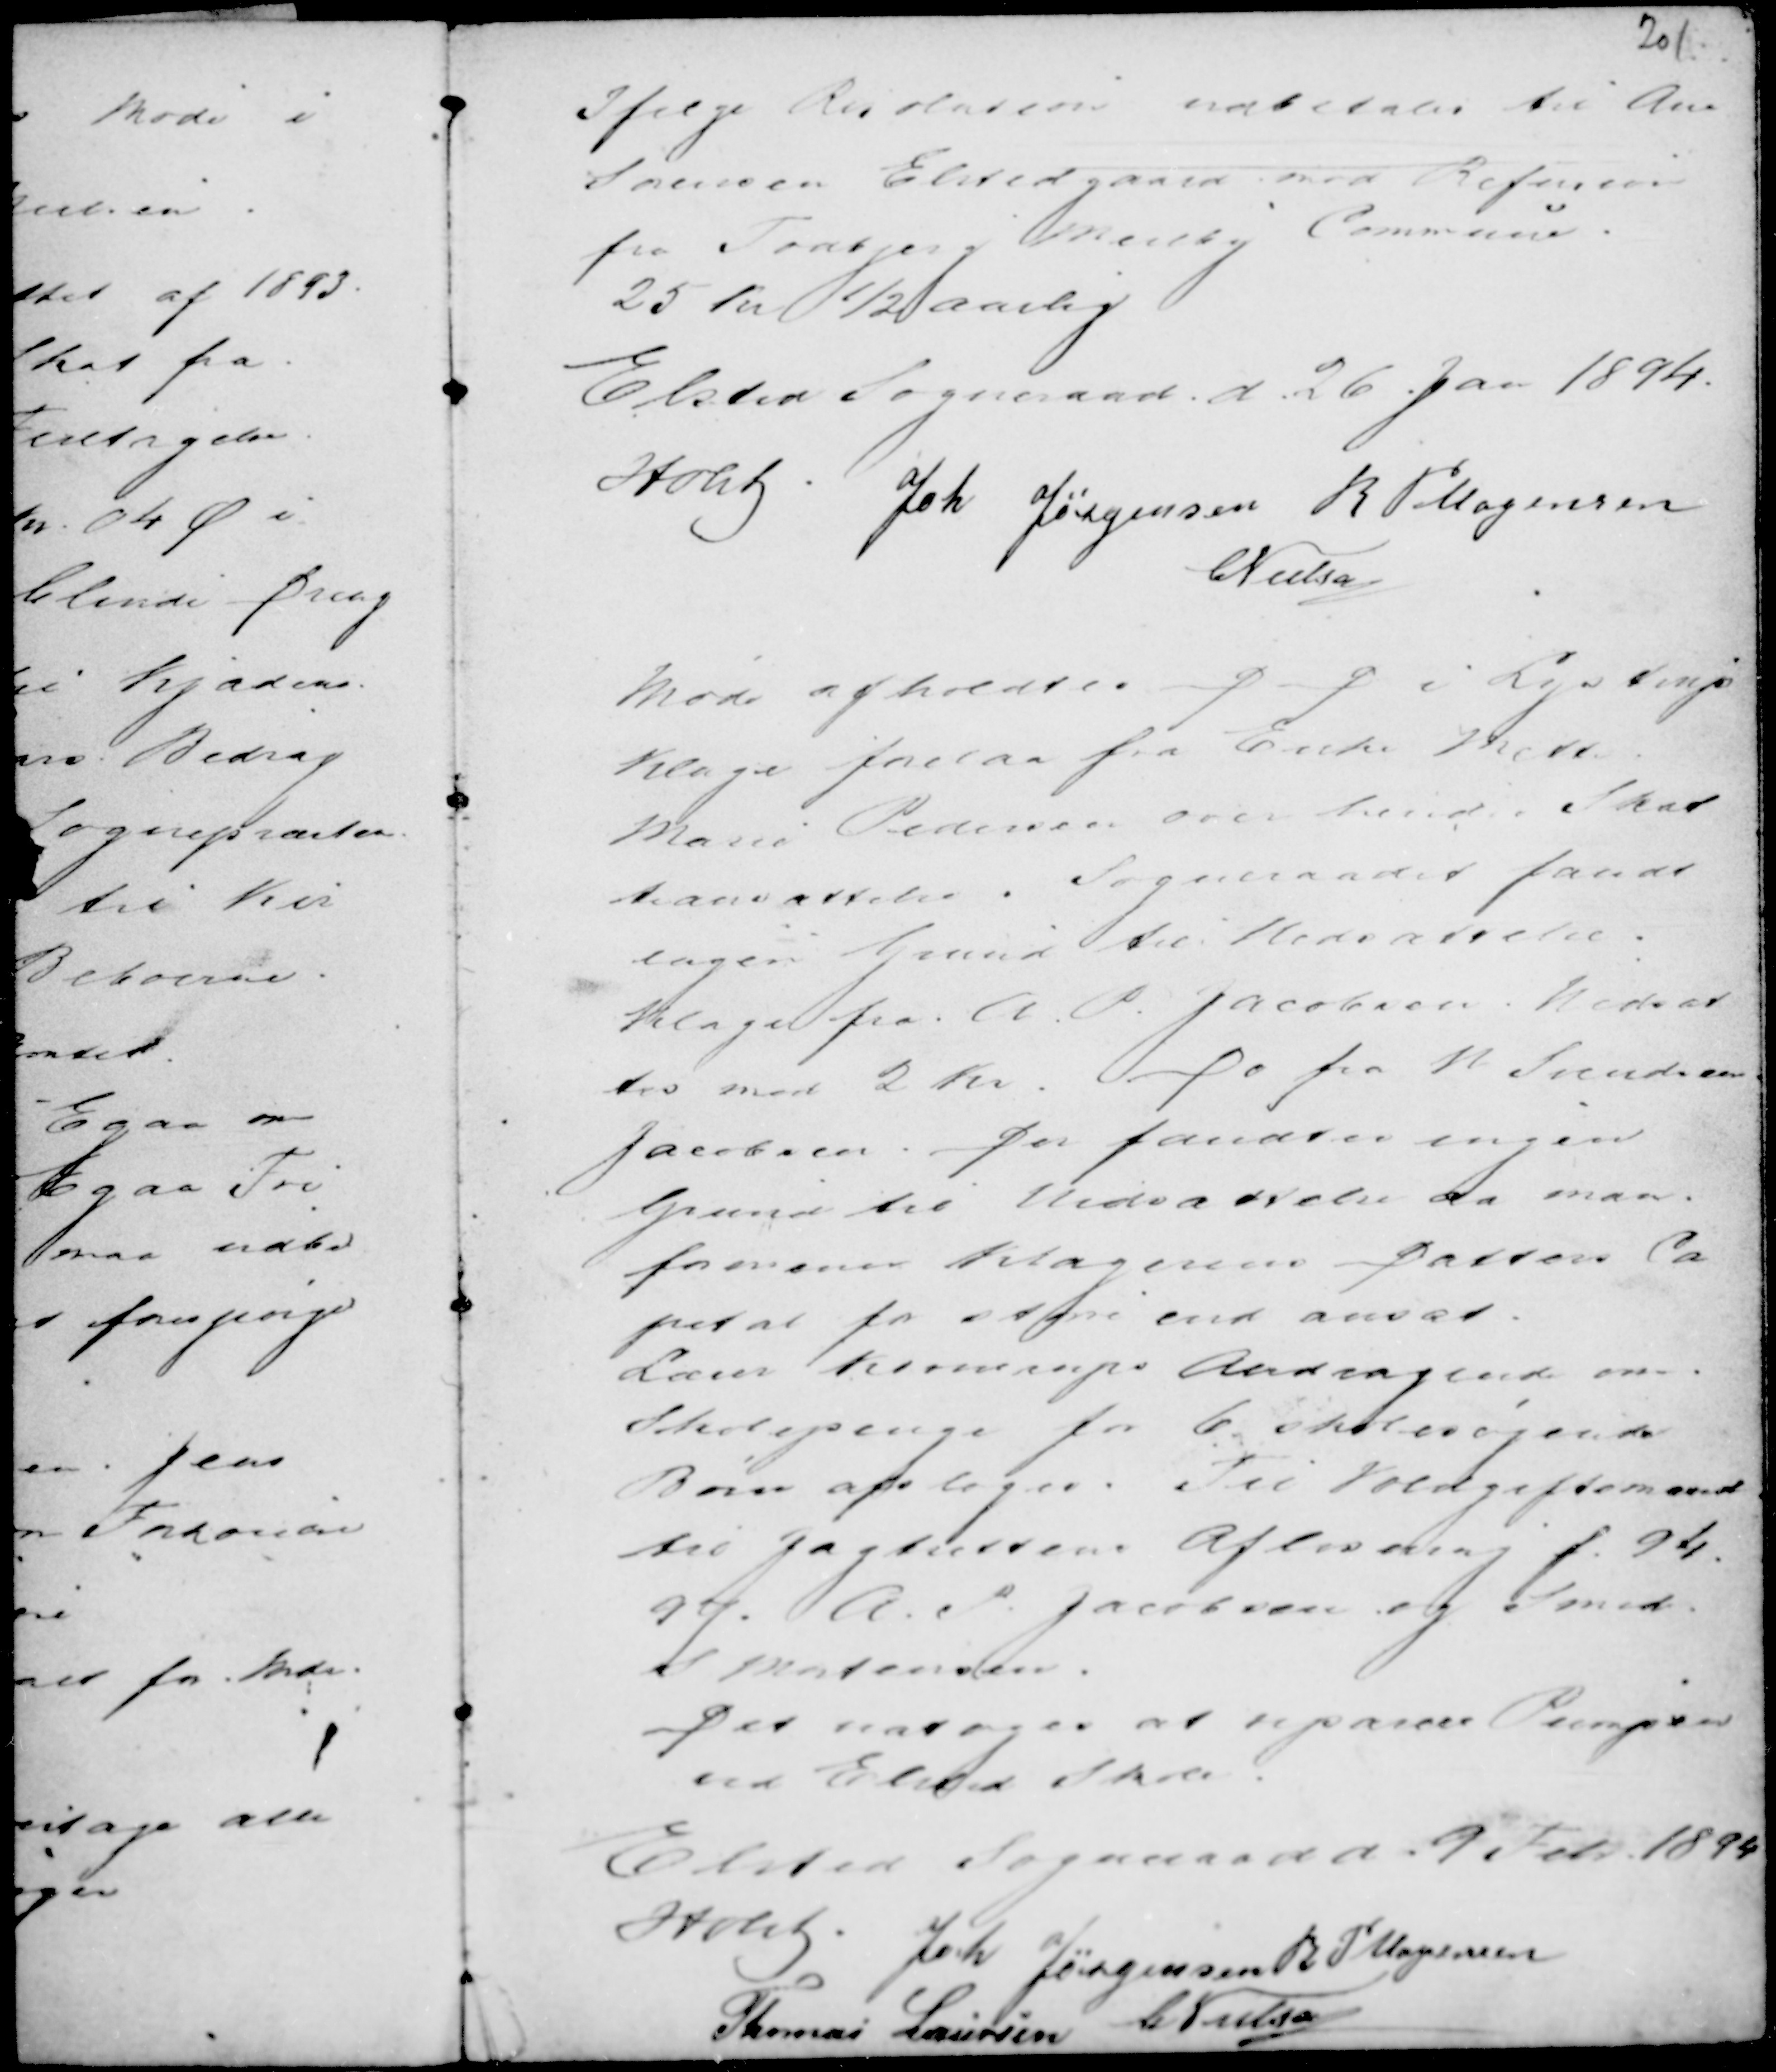
Transskription:
Ifølge Resolution udbetales til Ane
Sørensen Elstedgaard med Refusion
fra Todbjerg Meilby Commune.
25 Kr ½ aarlig

Elsted Sogneraad d. 26. Jan 1894.
Holst .
Joh Jørgensen R P Mogensen
C Nielsen

Møde afholdtes D D i Lystrup
Klage forelaa fra Enke Mette
Marie Pedersen over hendes Skat
teansættelse. Sogneraadet fandt
ingen Grund til Nedsættelse.
Klage fra A. P. Jacobsen. Nedsat
tes med 2 Kr. Do fra N Svendsen
Jacobsen. Der fandtes ingen
Grund til Nedsættelse da man
formener Klagerens Datters Ca
pital for større end ansat.
Lærer Kromrups Andragende om
Skolepenge for 6 Skolesøgende
Børn afsloges. Til Voldgiftsmand
til Jagtrettens Afløsning f. 94.
97. A. P. Jacobsen og Smed
S Mortensen.
Det vedtoges at reparere Pumpen
ved Elsted Skole.

Elsted Sogneraad d 9 Feb. 1894
Holst .
Joh Jørgensen
R P Mogensen
Thomas Laursen
C Nielsen